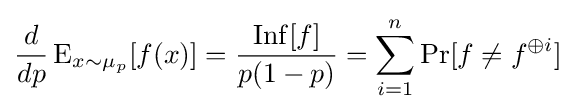
{\frac {d}{dp}}\operatorname {E} _{x\sim \mu _{p}}[f(x)]={\frac {\operatorname {Inf} [f]}{p(1-p)}}=\sum _{i=1}^{n}\Pr[f\neq f^{\oplus i}]